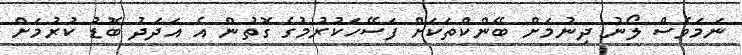
ނަމަވެސް ލޯނު ދިނުމަށް ބޭންކްތަކަށް ފަސޭހަކުރުމުގެ ގޮތުން އެ އަދަދު ބޮޑު ކުރުމަށް